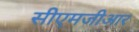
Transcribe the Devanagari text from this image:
सीएमजीआर